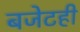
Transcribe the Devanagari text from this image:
बजेटही